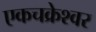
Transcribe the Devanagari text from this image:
एकचक्रेश्वर